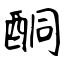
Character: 酮